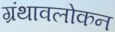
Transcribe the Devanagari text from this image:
ग्रंथावलोकन